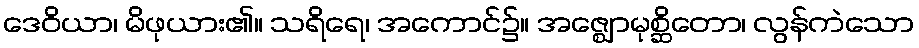
ဒေဝိယာ၊ မိဖုယား၏။ သရိရေ၊ အကောင်၌။ အဇ္ဈောမုစ္ဆိတော၊ လွန်ကဲသော